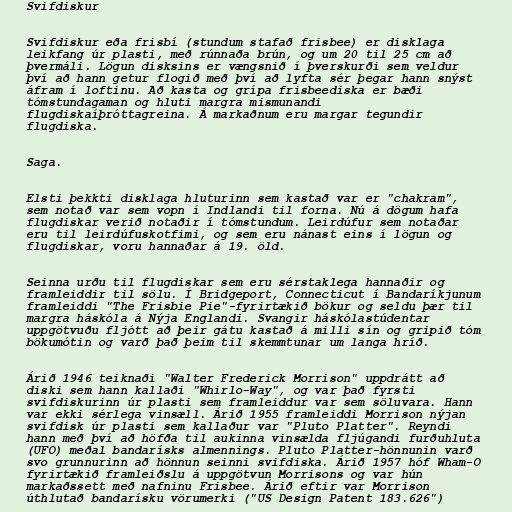
Svifdiskur

Svifdiskur eða frisbí (stundum stafað frisbee) er disklaga
leikfang úr plasti, með rúnnaða brún, og um 20 til 25 cm að
þvermáli. Lögun disksins er vængsnið í þverskurði sem veldur
því að hann getur flogið með því að lyfta sér þegar hann snýst
áfram í loftinu. Að kasta og grípa frisbeediska er bæði
tómstundagaman og hluti margra mismunandi
flugdiskaíþróttagreina. Á markaðnum eru margar tegundir
flugdiska.

Saga.

Elsti þekkti disklaga hluturinn sem kastað var er "chakram",
sem notað var sem vopn í Indlandi til forna. Nú á dögum hafa
flugdiskar verið notaðir í tómstundum. Leirdúfur sem notaðar
eru til leirdúfuskotfimi, og sem eru nánast eins í lögun og
flugdiskar, voru hannaðar á 19. öld.

Seinna urðu til flugdiskar sem eru sérstaklega hannaðir og
framleiddir til sölu. Í Bridgeport, Connecticut í Bandaríkjunum
framleiddi "The Frisbie Pie"-fyrirtækið bökur og seldu þær til
margra háskóla á Nýja Englandi. Svangir háskólastúdentar
uppgötvuðu fljótt að þeir gátu kastað á milli sín og gripið tóm
bökumótin og varð það þeim til skemmtunar um langa hríð.

Árið 1946 teiknaði "Walter Frederick Morrison" uppdrátt að
diski sem hann kallaði "Whirlo-Way", og var það fyrsti
svifdiskurinn úr plasti sem framleiddur var sem söluvara. Hann
var ekki sérlega vinsæll. Árið 1955 framleiddi Morrison nýjan
svifdisk úr plasti sem kallaður var "Pluto Platter". Reyndi
hann með því að höfða til aukinna vinsælda fljúgandi furðuhluta
(UFO) meðal bandarísks almennings. Pluto Platter-hönnunin varð
svo grunnurinn að hönnun seinni svifdiska. Árið 1957 hóf Wham-O
fyrirtækið framleiðslu á uppgötvun Morrisons og var hún
markaðssett með nafninu Frisbee. Árið eftir var Morrison
úthlutað bandarísku vörumerki ("US Design Patent 183.626")